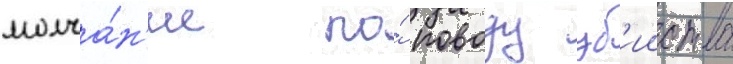
молча́н'ие по́ поводу уб'ииства